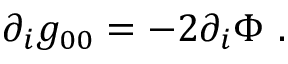
\partial _ { i } g _ { 0 0 } = - 2 \partial _ { i } \Phi \ .